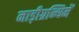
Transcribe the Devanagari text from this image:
नाड़ीग्रन्थिमें